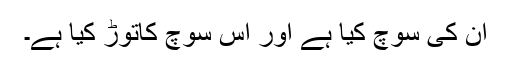
ان کی سوچ کیا ہے اور اس سوچ کاتوڑ کیا ہے۔